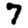
Digit: 7